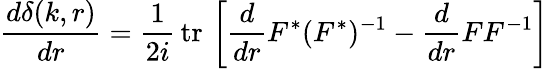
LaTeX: \frac{d\delta(k,r)}{dr}=\frac{1}{2i}\, \mathrm{tr}\, \left[\frac{d}{dr}F^{*}(F^{*})^{-1}-\frac{d}{dr}FF^{-1}\right]\,